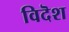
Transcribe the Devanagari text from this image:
विदॆश